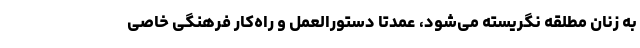
به زنان مطلقه نگریسته می‌شود، عمدتا دستورالعمل و راه‌کار فرهنگی خاصی